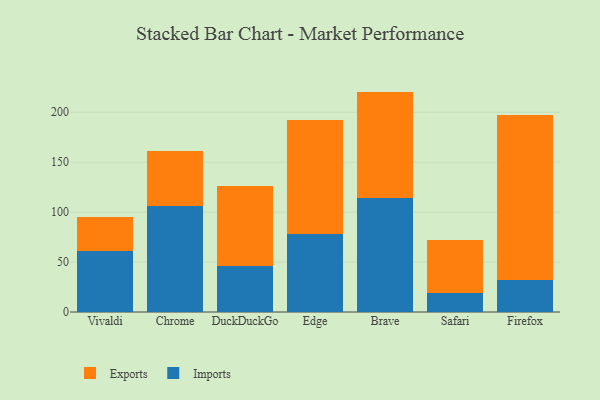
{"axis": {"x": "Browser", "y": "Website Visitors"}, "legend": ["Exports", "Imports"], "data": [{"x": "Vivaldi", "y": 61.2, "type": "Imports"}, {"x": "Vivaldi", "y": 34.1, "type": "Exports"}, {"x": "Chrome", "y": 106.3, "type": "Imports"}, {"x": "Chrome", "y": 54.5, "type": "Exports"}, {"x": "DuckDuckGo", "y": 46.2, "type": "Imports"}, {"x": "DuckDuckGo", "y": 79.6, "type": "Exports"}, {"x": "Edge", "y": 77.9, "type": "Imports"}, {"x": "Edge", "y": 114.0, "type": "Exports"}, {"x": "Brave", "y": 114.2, "type": "Imports"}, {"x": "Brave", "y": 106.5, "type": "Exports"}, {"x": "Safari", "y": 19.3, "type": "Imports"}, {"x": "Safari", "y": 52.9, "type": "Exports"}, {"x": "Firefox", "y": 31.7, "type": "Imports"}, {"x": "Firefox", "y": 166.0, "type": "Exports"}]}